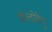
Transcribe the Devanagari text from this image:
मोल्दोवेणु